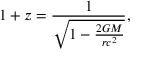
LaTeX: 1 + z = { \frac { 1 } { \sqrt { 1 - { \frac { 2 G M } { r c ^ { 2 } } } } } } ,